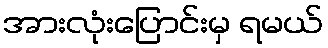
အားလုံးပြောင်းမှ ရမယ်